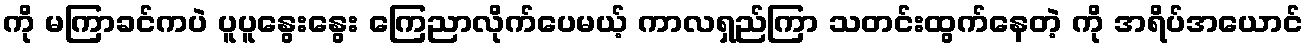
ကို မကြာခင်ကပဲ ပူပူနွေးနွေး ကြေညာလိုက်ပေမယ့် ကာလရှည်ကြာ သတင်းထွက်နေတဲ့ ကို အရိပ်အယောင်